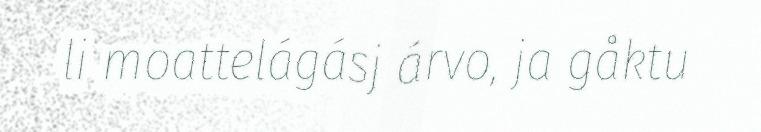
li moattelágásj árvo, ja gåktu